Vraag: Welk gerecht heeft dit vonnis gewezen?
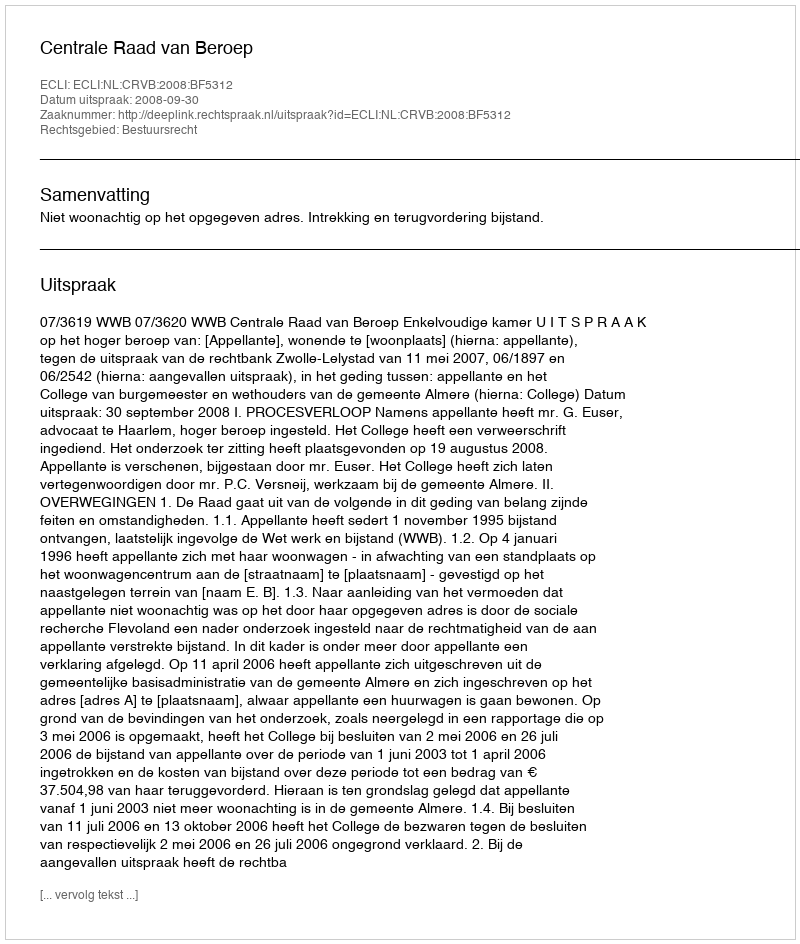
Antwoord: Centrale Raad van Beroep